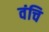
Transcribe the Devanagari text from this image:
वंचि